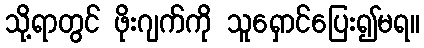
သို့ရာတွင် ဖိုးဂျက်ကို သူရှောင်ပြေး၍မရ။